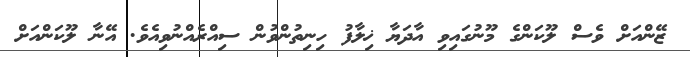
ޒޭންއަށް ވެސް ލޫކަންގެ މޫނުގައިވި އާދަޔާ ޚިލާފު ހިނިތުންވުން ސިއްރެއްނުވިއެވެ. އޭނާ ލޫކަންއަށް